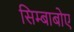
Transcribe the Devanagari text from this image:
सिम्बाबोए